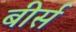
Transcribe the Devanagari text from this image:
बीर्स